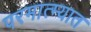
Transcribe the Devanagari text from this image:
परमात्म्यात